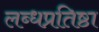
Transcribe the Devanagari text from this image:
लब्धप्रतिष्ठा